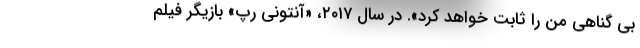
بی گناهی من را ثابت خواهد کرد». در سال ۲۰۱۷، «آنتونی رپ» بازیگر فیلم